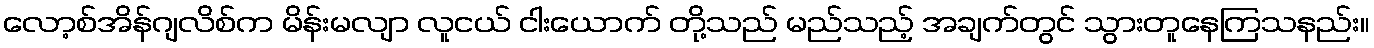
လော့စ်အိန်ဂျလိစ်က မိန်းမလျာ လူငယ် ငါးယောက် တို့သည် မည်သည့် အချက်တွင် သွားတူနေကြသနည်း။